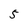
Character: 5